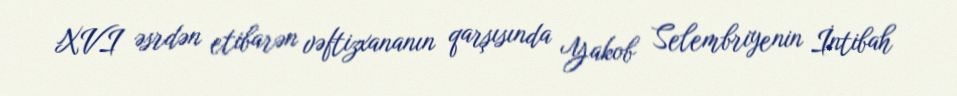
XVI əsrdən etibarən vəftizxananın qarşısında Yakob Selembriyenin İntibah